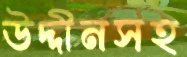
উদ্দীনসহ